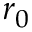
r _ { 0 }